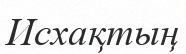
Исхақтың